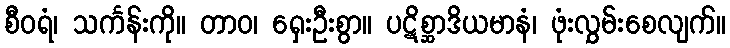
စီဝရံ၊ သင်္ကန်းကို။ တာဝ၊ ရှေးဦးစွာ။ ပဋိစ္ဆာဒိယမာနံ၊ ဖုံးလွှမ်းစေလျက်။